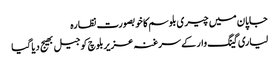
جاپان میں چیری بلوسم کا خوبصورت نظارہ
لیاری گینگ وار کے سرغنہ عزیربلوچ کو جیل بھیج دیا گیا